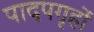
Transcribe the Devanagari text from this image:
पादपगृहों